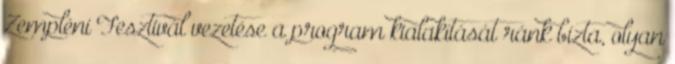
Zempléni Fesztivál vezetése a program kialakítását ránk bízta, olyan